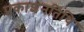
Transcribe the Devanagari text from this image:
प्रकाशनतिथि